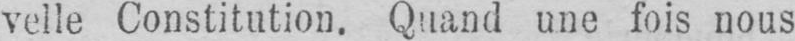
velle Constitution. Quand une fois nous